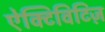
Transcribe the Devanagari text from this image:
ऐक्टिविटिज़